Mustjala_vallavalitsus, lk 4
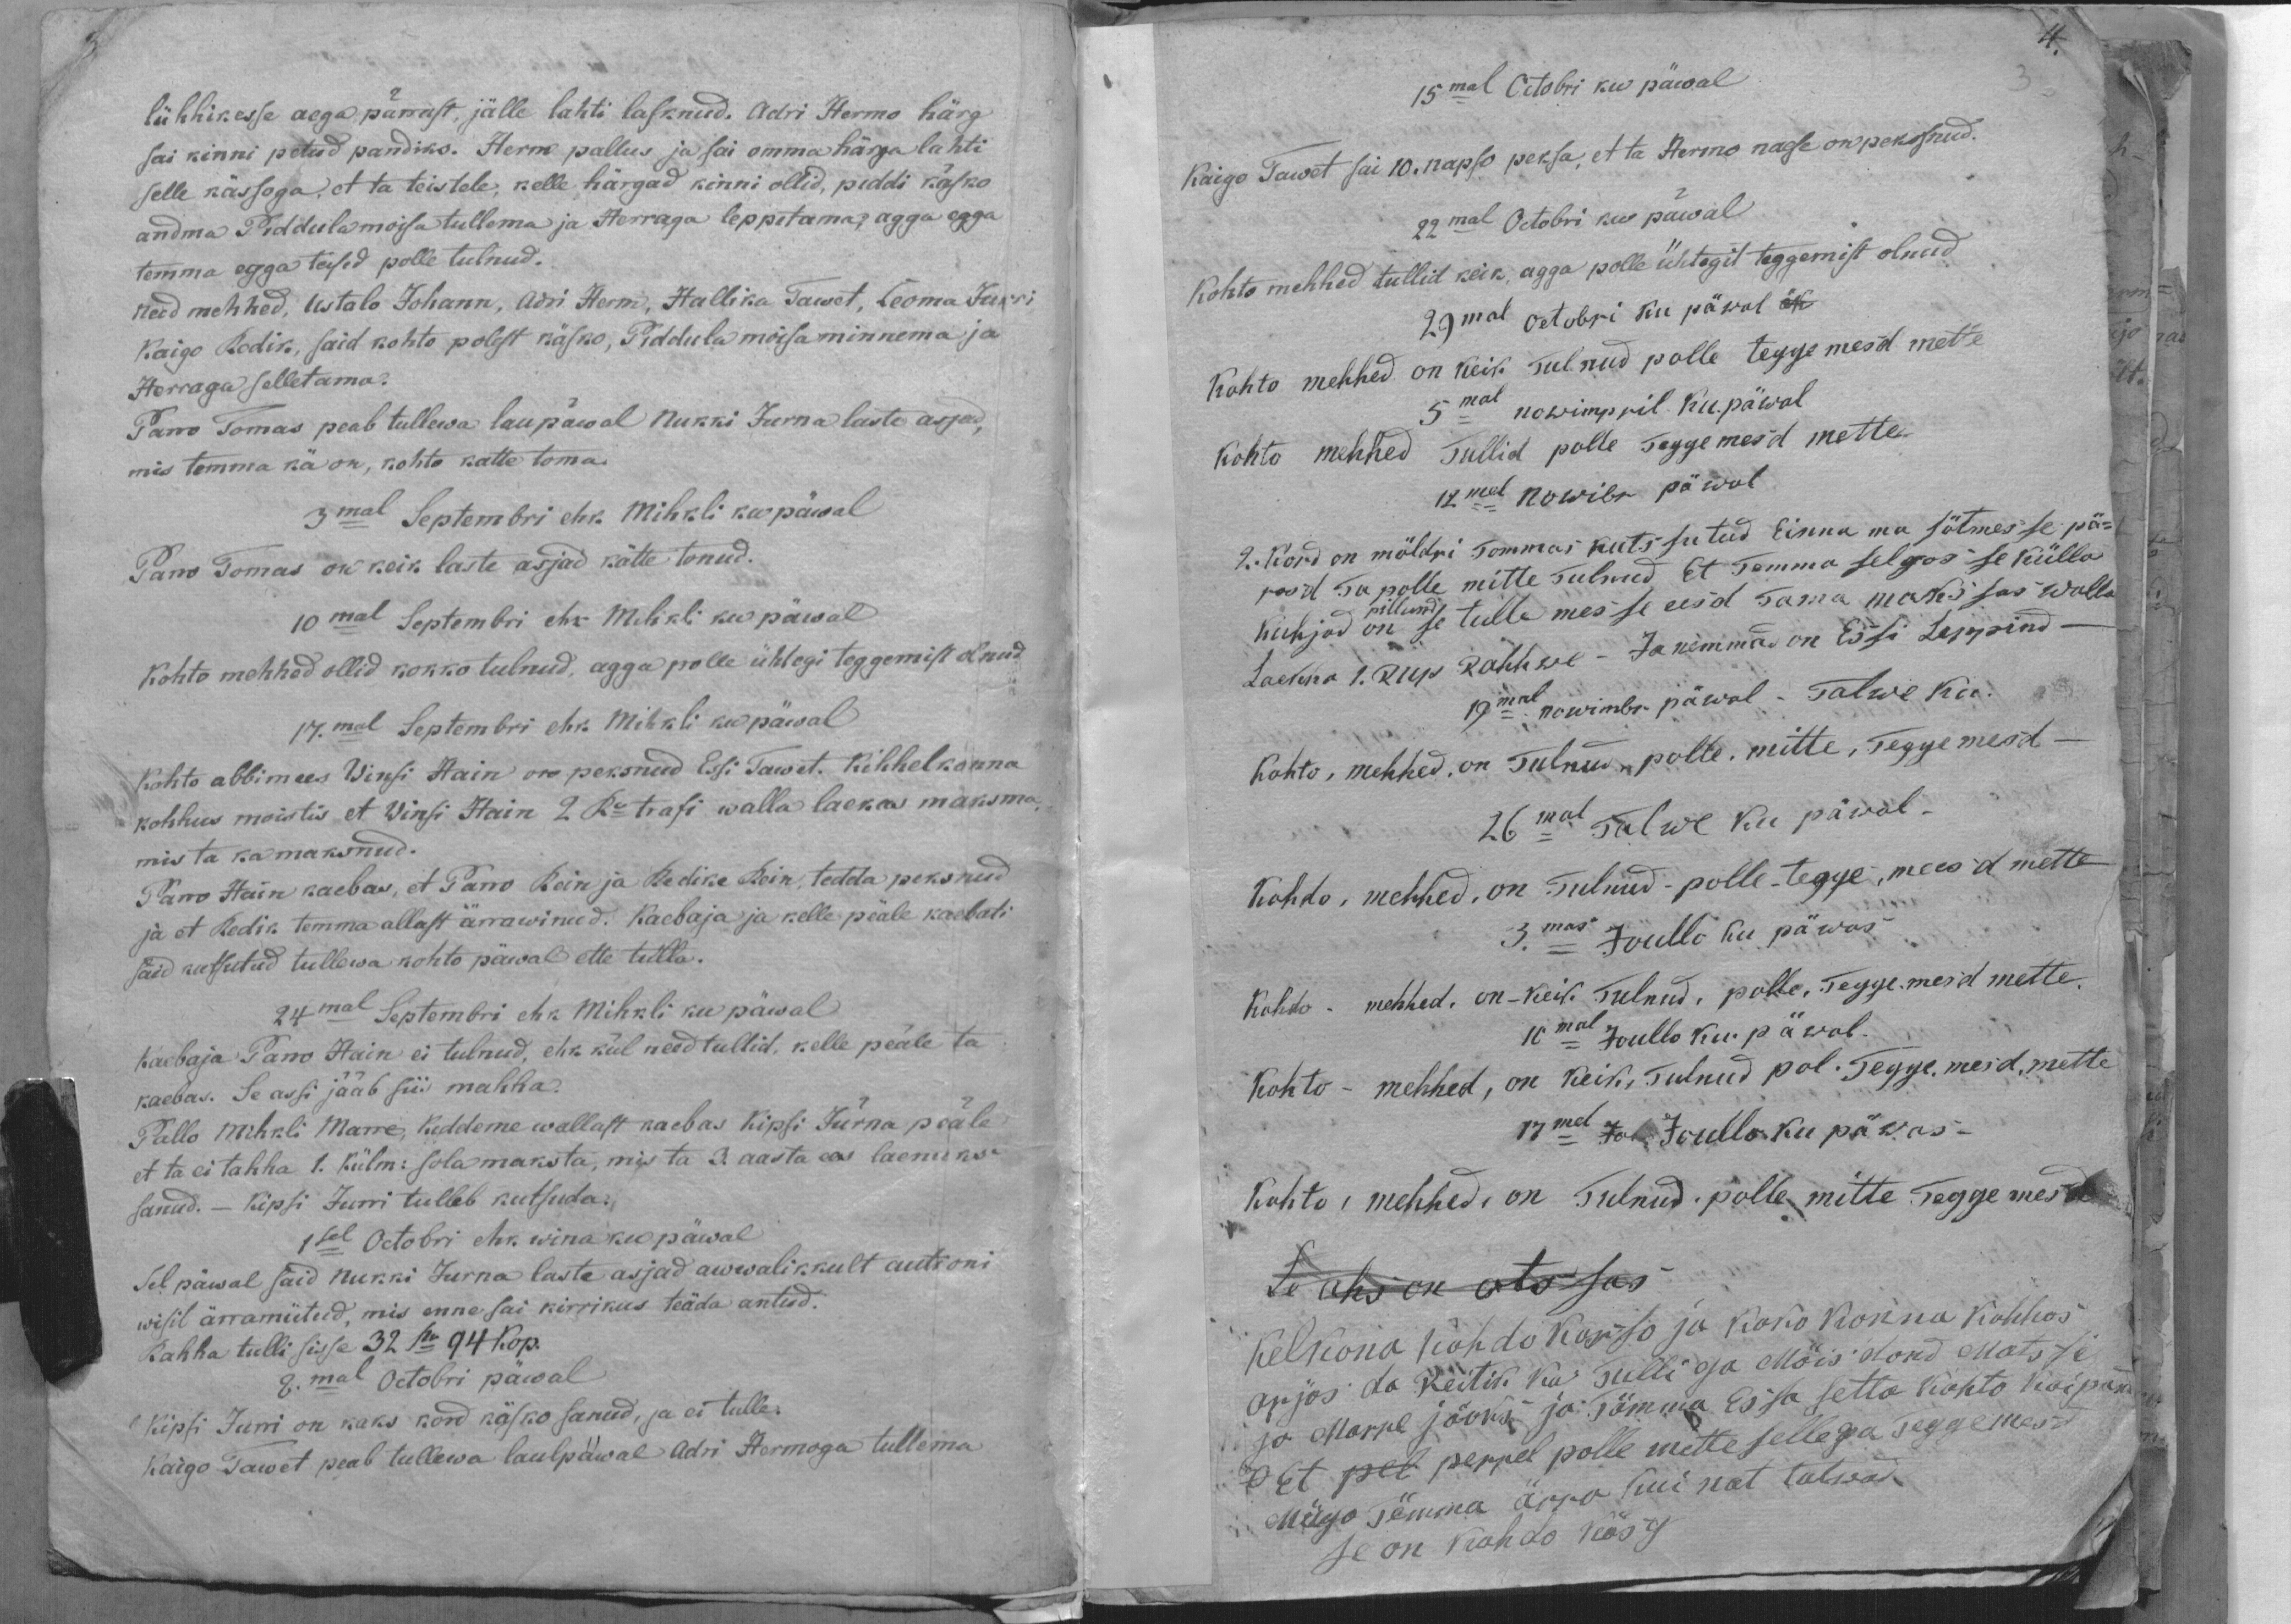
lühhikesse aega pärrast, jälle lahti lasknud. Adri Hermo härg
sai kinni petud pandiks. Herm pallus ja sai omma härga lahti
selle kässoga, et ta teistele, kelle härgad kinni ollid, piddi käsko
andma Piddula moisa tullema ja Herraga leppitama, agga egga
temma egga teised polle tulnud.
Need mehhed, Ustalo Johann, Adri Herm, Hallika Tawet, Tooma Jurri
Kaigo Rodik, said kohto polest käsko, Piddula moisa minnema ja
Herraga selletama.
Pano Tomas peab tullewa laupäwal Nukki Jurna laste asjad,
mis temma kä on, kohto kätte toma.
3mal Septembri ehk. Mihkli ku päwal
Pano Tomas on kõik laste asjad kätte tonud.
10mal Septembri ehk Mihkli ku päwal
Kohto mehhed ollid kokko tulnud, agga polle ühtegi teggemist olnud
17.mal Septembri ehk Mihkli ku päwal
Kohto abbimees Winsi Hain on peksnud Essi Tawet. Kihhelkonna
kohhus moistis et Winsi Hain 2 Ro trafi walla laeka maksma
mista ka maksnud.
Pano Hain kaebas, et Pano Rein ja Redike Rein, tedda peksnud
ja et Redik temma allast ärrawinud. Kaebaja ja kelle peäle kaebati
said kutsutud tullewa kohto päwal ette tulla.
24mal Septembri ehk Mihkli ku päwal
Kaebaja Pano Hain ei tulnud, ehk kül need tullid, kelle peäle ta
kaebas. Se assi jääb siis mahha.
Pallo Mihkli Marre, Keddeme wallast kaebas Kipsi Jürna peäle
et ta ei tahha 1. Külm: sola maksta, mis ta 3. aasta ees laenuks
sanud. Kipsi Jurri tulleb kutsuda.
1sel Octobri ehk. wina ku päwal
Sel päwal said Nukki Jurna laste asjad awwalikkult autioni
wisil ärramütud, mis enne sai kirrikus teäda antud.
Rahha tulli sisse 32 Ro 94 Kop.
8.mal Octobri päwal
Kipsi Jurri on kaks kord käsko sanud, ja ei tulle.
Kaigo Tawet peab tullewa laulpäwal Adri Hermoga tullema

15mal Octobri ku päwal
Kaigo Tawet sai 10. napso peksa, et ta Hermo naese on pekssnud.
22mal Octobri ku päwal
Kohto mehhed tullid keik, agga polle ühtegit teggemist olnud
29mal Octobri ku päwal
Kohto mehhed on keik Tulnud polle teggemesd mitte
5mal nowimpril Ku. päwal
Kohto mehhed Tullid polle Teggemesd mette.
12mal Nowibr päwal
2. Kord on möldri Tommas kutssutud linna ma sõtmesse pä-
pool Ta polle mitte Tulnud. Et Temma selgos se külla
Kuhjad on pillund se tulle mes se eesd Tama makssas walla
Laekha 1. Rup. Rahhwe - Ja nemmad on Essi Leppind -
19mal nowimbr. päwal - Talwe ku.
Kohto, mehhed. on Tulnud - polle, mitte, Teggemesd-
26mal Talwe Ku päwal.
Kohto, mehhed, on Tulnud - polle-tege, meesd mette
3. mas Joullo ku päwas
Kohto- mehhed on - keik Tulnud, polle, Teggemesd mette
10mal Joullo ku. päwal.
Kohto - mehhed, on keik, Tulnud pol. Teggemesd, mette
17mal  Joullo ku päwas-
Kohto, mehhed. on Tulnud-polle mitte Teggemesd
Kelkona kohdo kosso ja koko konna kohhos
arjos da Reitik kui Tulli osa Möisatand Matssi
ja Marre jäoks ja Tämma Es sa setta kohto kaipand
Et pet perrel polle mette sellega Teggemesd
Mügo Temma ärra kui nat tahwad
se on kohdo käsg